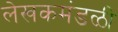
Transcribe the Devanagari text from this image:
लेखकमंडळी